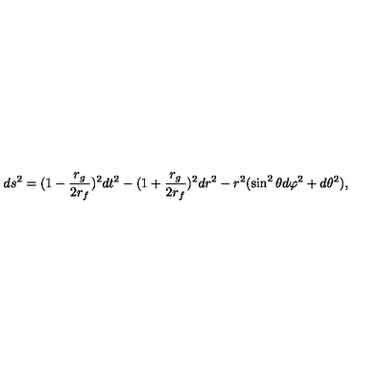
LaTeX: d s ^ { 2 } = ( 1 - \frac { r _ { g } } { 2 r _ { f } } ) ^ { 2 } d t ^ { 2 } - ( 1 + \frac { r _ { g } } { 2 r _ { f } } ) ^ { 2 } d r ^ { 2 } - r ^ { 2 } ( \sin ^ { 2 } \theta d \varphi ^ { 2 } + d \theta ^ { 2 } ) ,